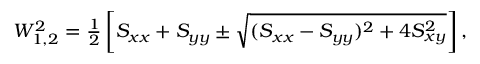
\begin{array} { r } { W _ { 1 , 2 } ^ { 2 } = \frac { 1 } { 2 } \left[ S _ { x x } + S _ { y y } \pm \sqrt { ( S _ { x x } - S _ { y y } ) ^ { 2 } + 4 S _ { x y } ^ { 2 } } \right] , } \end{array}